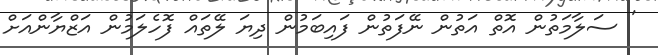
' ސަލާމަތުން އޮތް އަތުން ނޭފަތުން ފައިބަމުން ދިޔަ ލޭތައް ފޮހެލަމުން އަޒްޔާންއަށް